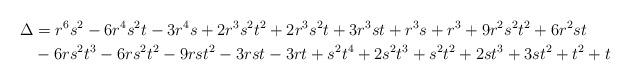
LaTeX: \begin{align*}\Delta &= r^6 s^2 - 6 r^4 s^2 t - 3 r^4 s + 2 r^3 s^2 t^2 + 2 r^3 s^2 t +3 r^3 s t + r^3 s + r^3 + 9 r^2 s^2 t^2 + 6 r^2 s t\\&- 6 r s^2 t^3 - 6 r s^2 t^2 - 9 r st^2 - 3 r s t - 3 r t + s^2 t^4 + 2 s^2 t^3 + s^2 t^2 + 2 s t^3 + 3 s t^2 + t^2 + t\end{align*}